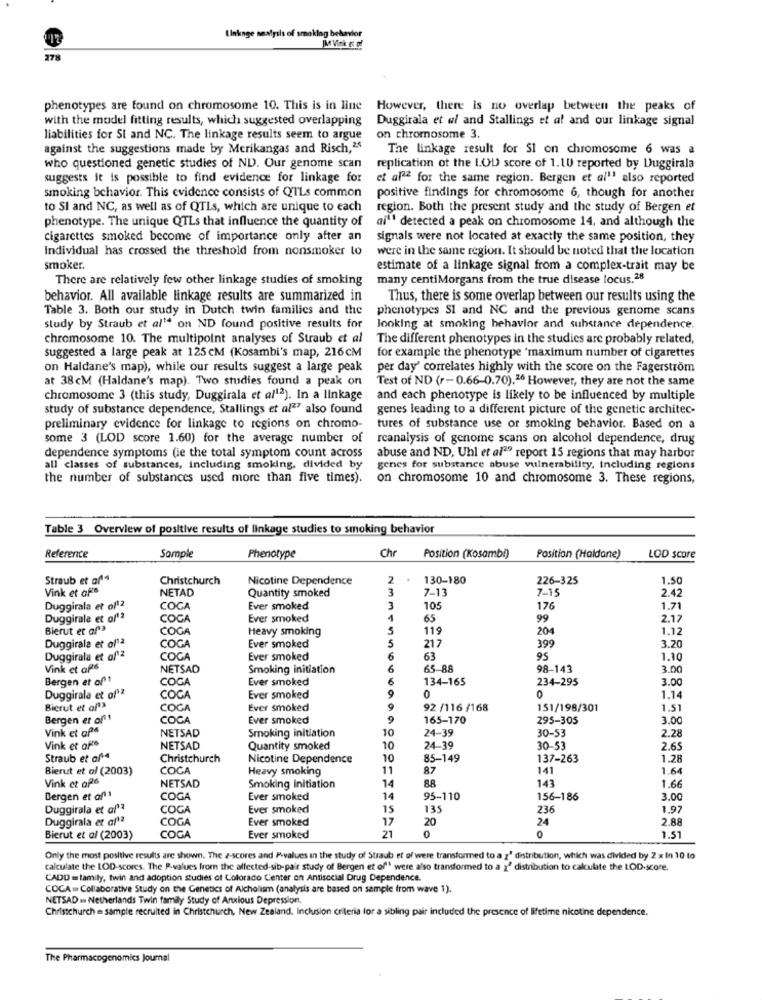
Linknge saalysis of smoking behavior
MVick & of
278
phenotypes are found on chromosome 10. This is in line
However, there is no overlap between the peaks of
with the model fitting results, which suggested overlapping
Duggirala et w and Stallings et af and our linkage signal
liabilities for SI and NC. The linkage results seem to argue
on chromosome 3.
against the suggestions made by Merikangas and Risch,"$
The linkage result for SI on chromosome 6 was a
who questioned genetic studies of ND. Our genome scan
replication ot the I.OD score of 1.10 reported by Duggirala
suggests it is possible to find evidence for linkage for
et af22 for the same region. Bergen et al" also reported
smoking behavior. This evidence consists of QTLs common
positive findings for chromosome 6, though for another
to SI and NC, as well as of QTLs, which are unique to each
region. Both the present study and the study of Bergen et
phenotype. The unique QTLs that influence the quantity of
ai'' detected a peak on chromosome 14, and although the
cigarettes smoked become of importance only after an
signals were not located at exactly the same position, they
individual has crossed the threshold from nonsmoker to
were in the same region. It should be noted that the location
smoker.
estimate of a linkage signal from a complex-trait may be
There are relatively few other linkage studies of smoking
many centiMorgans from the true disease locus.28
behavior. All available linkage results are summarized in
Thus, there is some overlap between our results using the
Table 3. Both our study in Dutch twin families and the
phenotypes SI and NC and the previous genome scans
study by Straub et al' on ND found positive results for
looking at smoking behavior and substance dependence.
chromosome 10. The multipoint analyses of Straub et al
The different phenotypes in the studies are probably related,
suggested a large peak at 125 CM (Kosambi's map, 216CM
for example the phenotype 'maximum number of cigarettes
on Haldane's map), while our results suggest a large peak
per day' correlates highly with the score on the Fagerstrom
at 38cM (Haldane's map). Two studies found a peak on
Test of ND (r-0.66-0.70),26 However, they are not the same
chromosome 3 (this study, Duggirala et al12). In a linkage
and each phenotype is likely to be influenced by multiple
study of substance dependence, Stallings et al27 also found
genes leading to a different picture of the genetic architec-
preliminary evidence for linkage to regions on chromo-
tures of substance use or smoking behavior. Based on a
some 3 (LOD score 1.60) for the average number of
rcanalysis of genome scans on alcohol dependence, drug
dependence symptoms (ie the total symptom count across
abuse and ND, Uhl et af"" report 15 regions that may harbor
all classes of substances, including smoking, divided by
genes for substance abuse vulnerability, including regions
the number of substances used more than five times).
on chromosome 10 and chromosome 3. These regions,
Table 3 Overview of positive results of linkage studies to smoking behavior
Chr
Reference
Sample
Phenotype
Position (Kosambi)
Position (Haldane)
LOD score
Straub et af4
Christchurch
Nicotine Dependence
130-180
226-325
1.50
Vink et afs
NETAD
Quantity smoked
7-13
7-15
2.42
Duggirala et of12
COCA
Ever smoked
105
176
1.71
Duggirala et o/12
COCA
Ever smoked
65
99
2.17
Bierut et af3
COGA
Heavy smoking
119
204
1.12
Duggirala et of12
COGA
Ever smoked
217
399
3.20
Duggirala et of'2
COCA
Ever smoked
63
95
1.10
Vink et afs
NETSAD
Smoking initiation
65-88
98-143
3.00
Bergen et af1
COCA
Ever smoked
134-165
234-295
3.00
Duggirala et of2
COCA
Ever smoked
0
0
1.14
Bierut et of'3
COCA
Ever smoked
92 /116 /168
151/198/301
1.51
Bergen et af!
COCA
Ever smoked
165-170
295-305
3.00
Vink et afs
NETSAD
Smoking initiation
10
24-39
30-53
2.28
Vink et af"s
NETSAD
Quantity smoked
10
24-39
30-53
2.65
Straub et of4
Christchurch
Nicotine Dependence
10
85-149
137-263
1.28
Bierut et al (2003)
COCA
Heavy smoking
11
87
141
1.64
Vink et of
NETSAD
Smoking initiation
14
88
143
1.6
Bergen et af''
COGA
Ever smoked
14
95-110
156-186
3.00
Duggirala et af **
COGA
Ever smoked
15
135
236
1.97
Duggirala et af12
COGA
Ever smoked
17
20
2.88
21
24
Bierut et al (2003)
COGA
Ever smoked
0
1.51
Only the most positive results are shown. The z-scores and P-values in the study of Straub et of were transformed to a z' distribution, which was divided by 2 x In 10 to
calculate the LOD-scores. The P-values from the affected-sib-pair study of Bergen et of" were also transformed to a >" distribution to calculate the LOD-score.
CADO = tamily, twin and adoption studies of Colorado Center on Antisocial Drug Dependence.
COCA = Collaborative Study on the Genetics of Alcholism (analysis are based on sample from wave 1).
NETSAD = Netherlands Twin family Study of Anxious Depression.
Christchurch = sample recruited in Christchurch, New Zealand. Inclusion criteria for a sibling pair included the presence of lifetime nicotine dependence.
The Pharmacogenomics Journal